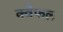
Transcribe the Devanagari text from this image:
क्वैफल